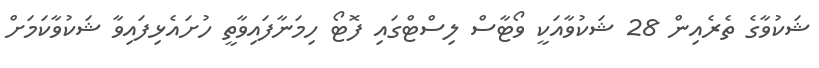
ޝަކުވާގެ ތެރެއިން 28 ޝަކުވާއަކީ ވޯޓާސް ލިސްޓްގައި ފޮޓޯ ހިމަނާފައިވާތީ ހުށައެޅިފައިވާ ޝަކުވާކަމަށް